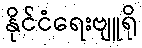
နိုင်ငံရေးဗျူရို